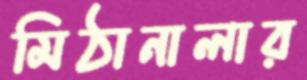
মিঠানালার